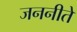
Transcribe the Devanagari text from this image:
जननीते